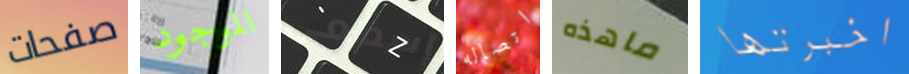
صفحات الموجود إسمعى اتصاله ماهذه اخبرتها